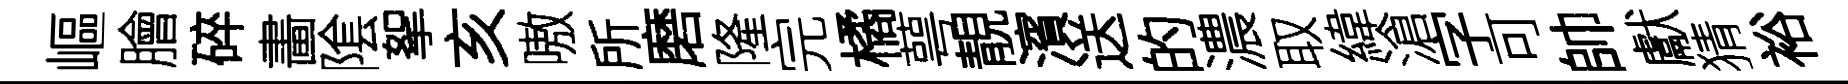
嶇膾碎畵隂挐亥嗷所磨隆完橘萼靚濱送的濃取緯滄字可帥獻猜裕